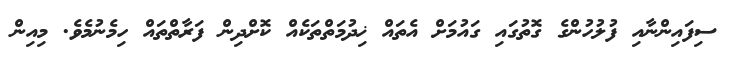
ސިފައިންނާއި ފުލުހުންގެ ގޮތުގައި ގައުމަށް އެތައް ޚިދުމަތްތަކެއް ކޮށްދިން ފަރާތްތައް ހިމެނުމެވެ. މިއިން